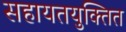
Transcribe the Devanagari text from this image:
सहायतयुक्तित